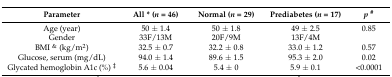
<table><thead><tr><td><b>Parameter</b></td><td><b>All * (<i>n</i> = 46)</b></td><td><b>Normal (<i>n</i> = 29)</b></td><td><b>Prediabetes (<i>n</i> = 17)</b></td><td><b><i>p</i><sup>#</sup></b></td></tr></thead><tbody><tr><td>Age (year)</td><td>50 ± 1.4</td><td>50 ± 1.8</td><td>49 ± 2.5</td><td>0.85</td></tr><tr><td>Gender</td><td>33F/13M</td><td>20F/9M</td><td>13F/4M</td><td></td></tr><tr><td>BMI <sup>&amp;</sup> (kg/m<sup>2</sup>)</td><td>32.5 ± 0.7</td><td>32.2 ± 0.8</td><td>33.0 ± 1.2</td><td>0.57</td></tr><tr><td>Glucose, serum (mg/dL)</td><td>94.0 ± 1.4</td><td>89.6 ± 1.5</td><td>95.3 ± 2.0</td><td>0.02</td></tr><tr><td>Glycated hemoglobin A1c (%) <sup>‡</sup></td><td>5.6 ± 0.04</td><td>5.4 ± 0</td><td>5.9 ± 0.1</td><td>&lt;0.0001</td></tr></tbody></table>